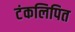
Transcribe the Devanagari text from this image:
टंकलिपित